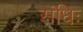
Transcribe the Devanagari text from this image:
संधिः